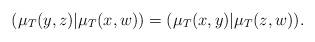
LaTeX: \begin{align*} (\mu_T(y,z)|\mu_T(x,w)) = (\mu_T(x,y)|\mu_T(z,w)).\end{align*}